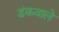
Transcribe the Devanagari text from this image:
डंकवाले